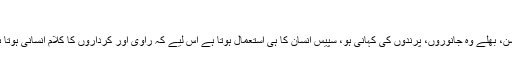
)
فکشن، بھلے وہ جانوروں، پرندوں کی کہانی ہو، سپیس انسان کا ہی استعمال ہوتا ہے اس لیے کہ راوی اور کرداروں کا کلام انسانی ہوتا ہے۔